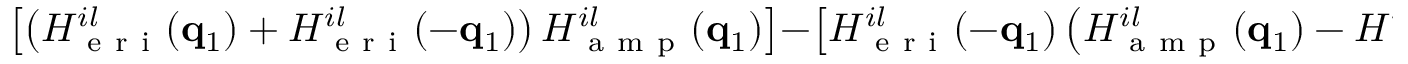
\left[ \left( H _ { \mathrm { ~ e ~ r ~ i ~ } } ^ { i l } ( \mathbf { q } _ { 1 } ) + H _ { \mathrm { ~ e ~ r ~ i ~ } } ^ { i l } ( - \mathbf { q } _ { 1 } ) \right) H _ { \mathrm { ~ a ~ m ~ p ~ } } ^ { i l } ( \mathbf { q } _ { 1 } ) \right] - \left[ H _ { \mathrm { ~ e ~ r ~ i ~ } } ^ { i l } ( - \mathbf { q } _ { 1 } ) \left( H _ { \mathrm { ~ a ~ m ~ p ~ } } ^ { i l } ( \mathbf { q } _ { 1 } ) - H _ { \mathrm { ~ a ~ m ~ p ~ } } ^ { i l } ( - \mathbf { q } _ { 1 } ) \right) \right] .